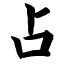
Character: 占